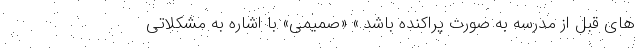
های قبل از مدرسه به صورت پراکنده باشد.» «صمیمی» با اشاره به مشکلاتی